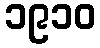
၁၉၁၀